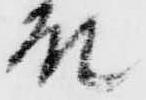
殿